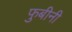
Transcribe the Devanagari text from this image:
फुबीनी